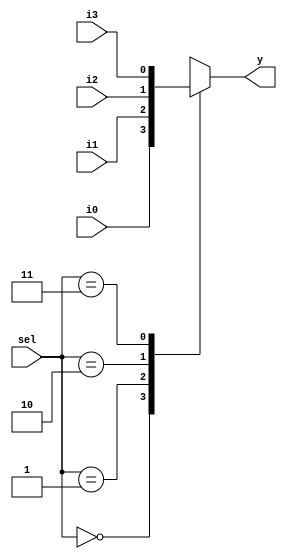
module mux_example(
  input [1:0] sel,
  input  i0,i1,i2,i3,
  output reg y);
    
  always @(*) begin
    case(sel)
      2'h0: y = i0;
      2'h1: y = i1;
      2'h2: y = i2;
      2'h3: y = i3;
      default: $display("Invalid sel input");
    endcase
  end
endmodule

// testbench
module tb;
  reg [1:0] sel;
  reg i0,i1,i2,i3;
  wire y;
  
  mux_example mux(sel, i0, i1, i2, i3, y);
  
  initial begin
    $monitor("sel = %b -> i3 = %0b, i2 = %0b ,i1 = %0b, i0 = %0b -> y = %0b", sel,i3,i2,i1,i0, y);
    {i3,i2,i1,i0} = 4'h5;
    repeat(6) begin
      sel = $random;
      #5;
    end
  end
endmodule